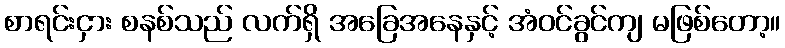
စာရင်းငှား စနစ်သည် လက်ရှိ အခြေအနေနှင့် အံဝင်ခွင်ကျ မဖြစ်တော့။